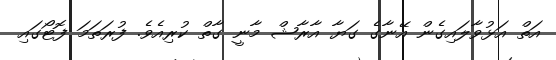
އަތް އަޅުވާލައިގެން އޭނާގެ ގަޔާ އާރާޝް މާނީ ގާތް ކުރިއެވެ. ފުރަތަމަ ފޮޓޯގައި